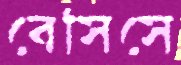
বেসিসে